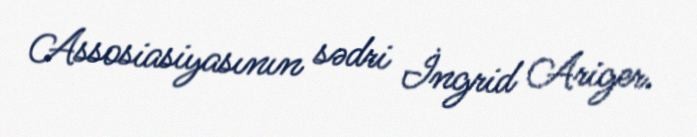
Assosiasiyasının sədri İngrid Ariger.